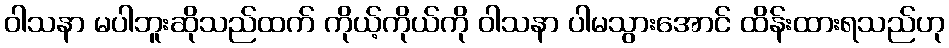
ဝါသနာ မပါဘူးဆိုသည်ထက် ကိုယ့်ကိုယ်ကို ဝါသနာ ပါမသွားအောင် ထိန်းထားရသည်ဟု